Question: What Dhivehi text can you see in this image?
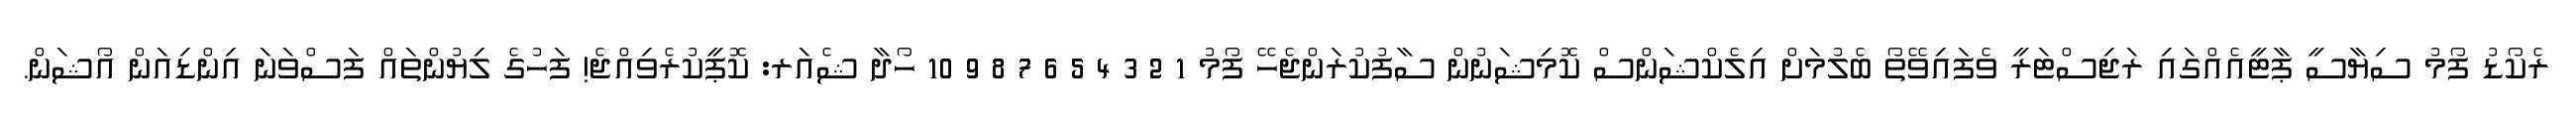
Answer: ރެކޯޑު ފޯމު ސިޔާސީ ޕާޓީއެއްގައި ރަޖިސްޓަރީ ވެފައިވޭތޯ ބެލުމަށް އިލެކްޝަންސް ކޮމިޝަނުން ސާފުކުރަންޖެހޭ ފޯމު 1 2 3 4 5 6 7 8 9 10 ހޯދާ ޝެއަރ: ކޮޕީކުރެވިއްޖެ! ފަހުގެ ލިޔުންތައް ފަސްވަނަ އިންޑިއަން އޯޝަން.